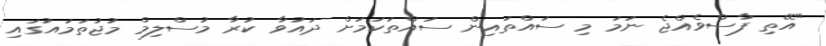
"އޭތި ފާސްވެއްޖެ ނަމަ މި ސައްތައިން ސައްތަކަމަށް ދައުވާ ކުރާ މުސްލިމް މުޖުތަމައުގައި